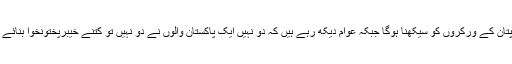
گویا دھاندلی سے بچاؤ کے لیے گیارہ نہیں ایک سو گیارہ نکاتی ایجنڈا کپتان کے ورکروں کو سیکھنا ہوگا جبکہ عوام دیکھ رہے ہیں کہ دو نہیں ایک پاکستان والوں نے دو نہیں تو کتنے خیبرپختونخوا بنائے اور ووٹ کو عزت دو والوں نے خود ووٹر اور ووٹ کو کتنی عزت دی۔